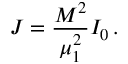
J = \frac { M ^ { 2 } } { \mu _ { 1 } ^ { 2 } } I _ { 0 } \, .